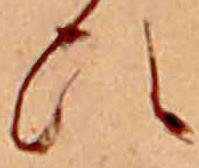
ひ